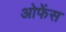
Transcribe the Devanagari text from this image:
ओफेंस